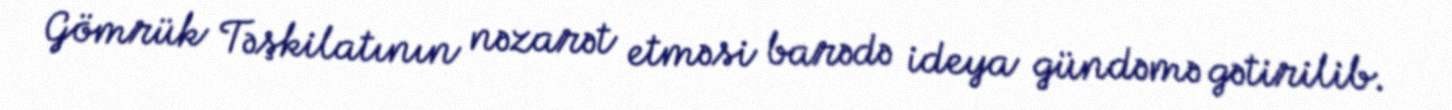
Gömrük Təşkilatının nəzarət etməsi barədə ideya gündəmə gətirilib.